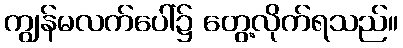
ကျွန်မလက်ပေါ်၌ တွေ့လိုက်ရသည်။